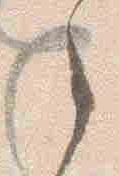
之